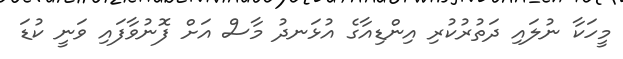
މީހަކާ ނުލައި ދަތުރުކުރި އިންޑިއާގެ އުޅަނދު މާސް އަށް ފޮނުވާފައި ވަނީ ކުޑަ